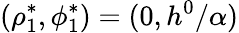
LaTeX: (\rho_{1}^{*},\phi_{1}^{*})=(0,h^{0}/\alpha)